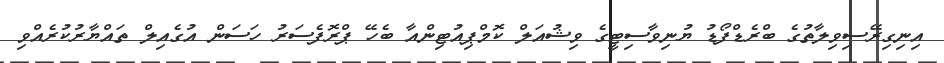
އިނިގިރޭސިވިލާތުގެ ބްރެޑްފޯޑު ޔުނިވާސިޓީގެ ވިޝުއަލް ކޮމްޕިއުޓިންއާ ބެހޭ ޕްރޮފެސަރު ހަސަން އުގެއިލް ތައްޔާރުކުރެއްވި